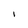
Character: 1